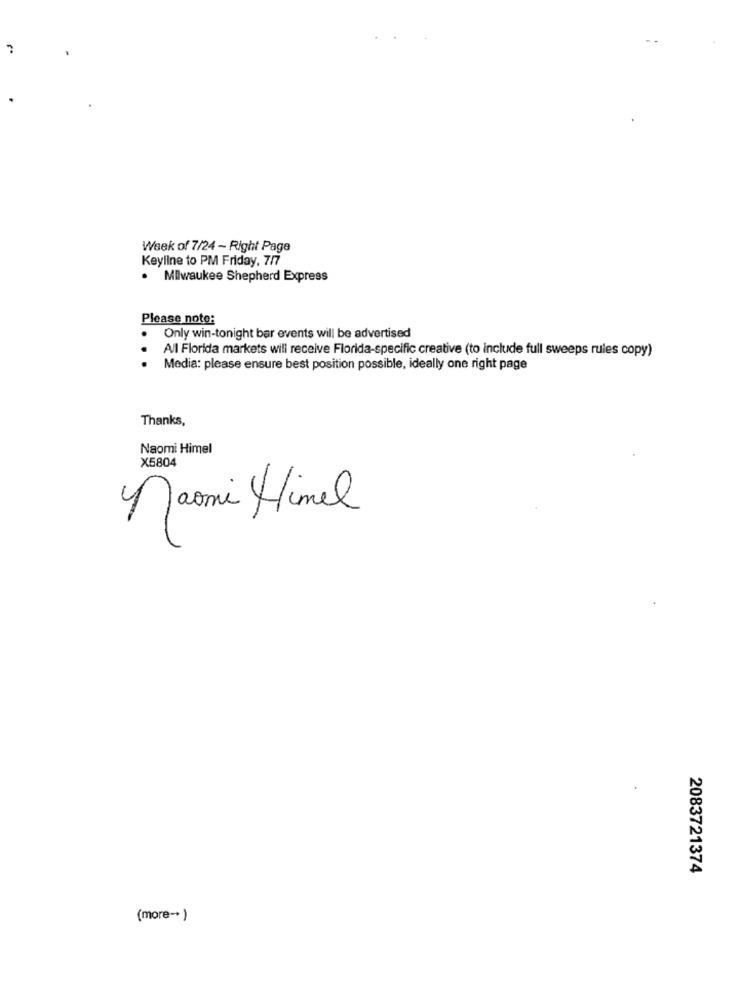
Week of 7/24 - Right Page
Keyline to PM Friday, 7/7
. Milwaukee Shepherd Express
Please note:
Only win-tonight bar events will be advertised
All Florida markets will receive Florida-specific creative (to include full sweeps rules copy)
Media: please ensure best position possible, ideally one right page
Thanks,
Naomi Himel
X5804
naomi Himel
2083721374
(more -* )